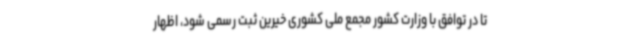
تا در توافق با وزارت کشور مجمع ملی کشوری خیرین ثبت رسمی شود، اظهار